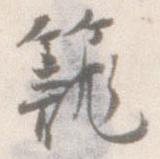
籠